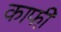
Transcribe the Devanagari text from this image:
काफी़